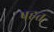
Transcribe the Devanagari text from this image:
पहत